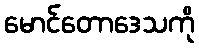
မောင်တောဒေသကို